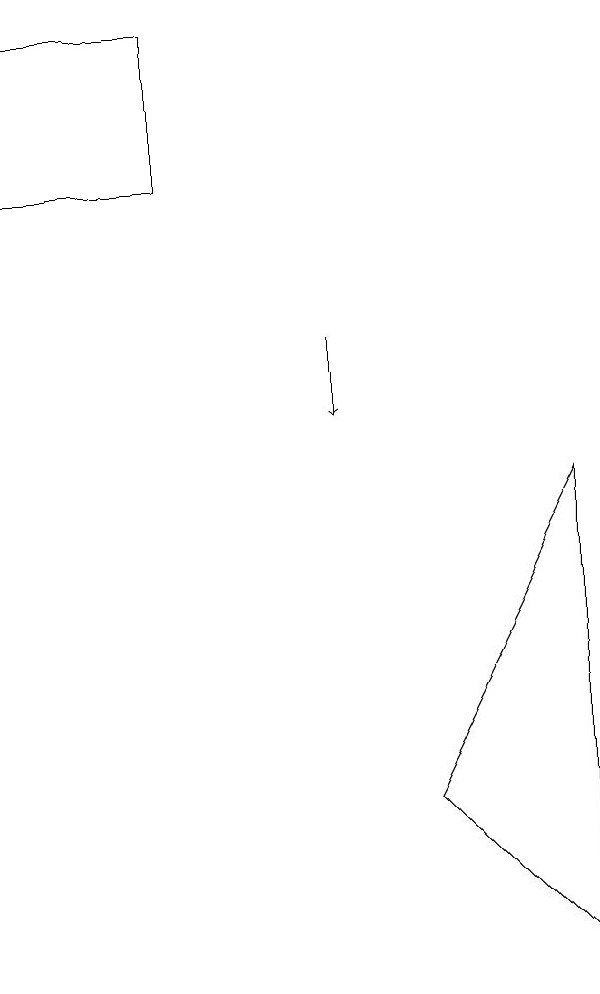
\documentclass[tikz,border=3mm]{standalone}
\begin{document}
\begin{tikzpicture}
\draw[->] (6,11) -- (6,10);
\draw (9,3) -- (9,9) -- (7,5) -- cycle;
\draw (2,15) rectangle (4,13);
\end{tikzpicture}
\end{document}